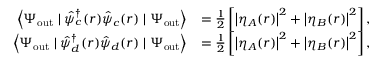
\begin{array} { r l } { \left\langle \Psi _ { \mathrm { o u t } } \mid \hat { \psi } _ { c } ^ { \dagger } ( \boldsymbol { r } ) \hat { \psi } _ { c } ( \boldsymbol { r } ) \mid \Psi _ { \mathrm { o u t } } \right\rangle } & { = \frac { 1 } { 2 } \left[ \left| \eta _ { A } ( \boldsymbol { r } ) \right| ^ { 2 } + \left| \eta _ { B } ( \boldsymbol { r } ) \right| ^ { 2 } \right] , } \\ { \left\langle \Psi _ { \mathrm { o u t } } \mid \hat { \psi } _ { d } ^ { \dagger } ( \boldsymbol { r } ) \hat { \psi } _ { d } ( \boldsymbol { r } ) \mid \Psi _ { \mathrm { o u t } } \right\rangle } & { = \frac { 1 } { 2 } \left[ \left| \eta _ { A } ( \boldsymbol { r } ) \right| ^ { 2 } + \left| \eta _ { B } ( \boldsymbol { r } ) \right| ^ { 2 } \right] , } \end{array}